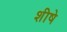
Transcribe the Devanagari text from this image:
शीषे